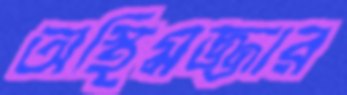
অস্থিমজ্জার